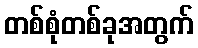
တစ်စုံတစ်ခုအတွက်